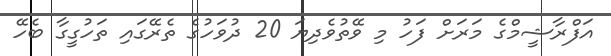
އަފްރާޝީމްގެ މަރަށް ފަހު މި ވޭތުވެދިޔަ 20 ދުވަހުގެ ތެރޭގައި ތަހުގީގާ ބެހޭ